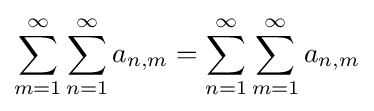
\sum _{m=1}^{\infty }\sum _{n=1}^{\infty }a_{n,m}=\sum _{n=1}^{\infty }\sum _{m=1}^{\infty }a_{n,m}